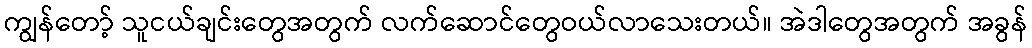
ကျွန်တော့် သူငယ်ချင်းတွေအတွက် လက်ဆောင်တွေဝယ်လာသေးတယ်။ အဲဒါတွေအတွက် အခွန်